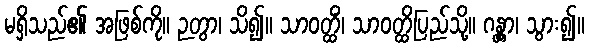
မရှိသည်၏ အဖြစ်ကို။ ဉတွာ၊ သိ၍။ သာဝတ္ထိံ၊ သာဝတ္ထိပြည်သို့။ ဂန္တွာ၊ သွား၍။